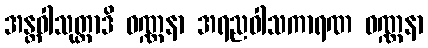
အန္တဝါသုတ္တာဒိ ဝဏ္ဏနာ အရညဝါသကာရဏ ဝဏ္ဏနာ